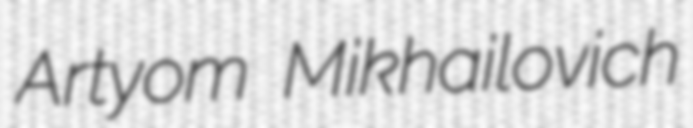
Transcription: Artyom Mikhailovich